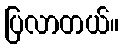
ပြလာတယ်။